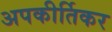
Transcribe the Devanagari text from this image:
अपकीर्तिकर